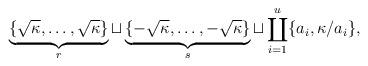
LaTeX: \begin{align*}\underbrace{\{ \sqrt{\kappa}, \ldots, \sqrt{\kappa} \}}_{r } \sqcup \underbrace{\{ -\sqrt{\kappa}, \ldots, -\sqrt{\kappa} \}}_{s } \sqcup \coprod_{i=1}^u \{ a_i, \kappa/a_i \},\end{align*}